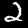
Digit: 2